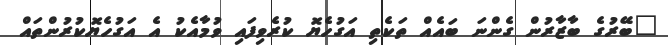
"ބޭރުގެ ބާޒާރުން ގެންނަ ބައެއް ތަކެތި އަގުހެޔޮ ކުރެވިފައި ވުމާއެކު އެ އަގުހެޔޮކުރުންތައް